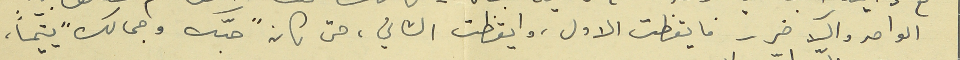
الواحد والآخر - فايقظت الاول، وايقظت الثاني، حتى كان "حبّك وجمالك" يتيماً،